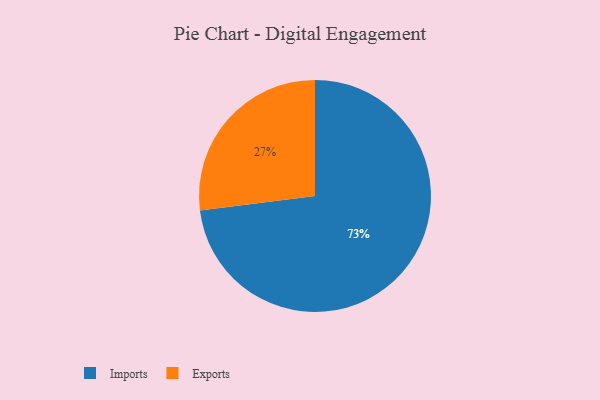
{"axis": {"x": "Category", "y": "Percentage"}, "legend": ["Exports", "Imports"], "data": [{"x": "Imports", "y": 73, "type": "Imports"}, {"x": "Exports", "y": 27, "type": "Exports"}]}